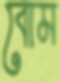
বোম